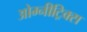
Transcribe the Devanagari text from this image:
ओम्नीट्रिक्स